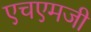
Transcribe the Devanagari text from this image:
एचएमजी